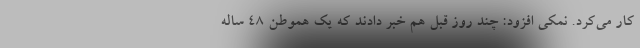
کار می‌کرد. نمکی افزود: چند روز قبل هم خبر دادند که یک هموطن ۴۸ ساله